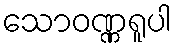
သောဝဏ္ဏရူပါ